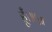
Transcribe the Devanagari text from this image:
हूँ।॥५॥